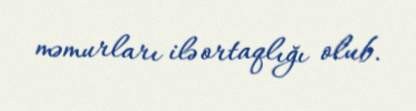
məmurları ilə ortaqlığı olub.